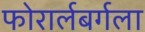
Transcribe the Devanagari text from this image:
फोरार्लबर्गला